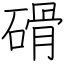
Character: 磆